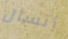
أتسأل